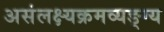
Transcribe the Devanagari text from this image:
असंलक्ष्यक्रमव्यङ्ग्य